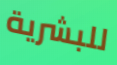
للبشرية